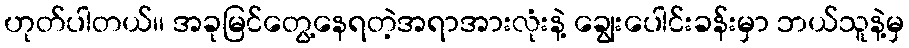
ဟုတ်ပါတယ်၊၊ အခုမြင်တွေ့နေရတဲ့အရာအားလုံးနဲ့ ချွေးပေါင်းခန်းမှာ ဘယ်သူနဲ့မှ